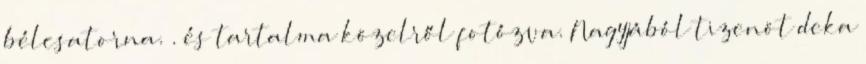
bélcsatorna. . és tartalma közelről fotózva. Nagyjából tizenöt deka